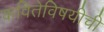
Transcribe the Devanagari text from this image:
कवितेविषयीची